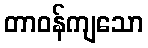
တာဝန်ကျသော